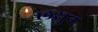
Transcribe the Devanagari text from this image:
लसुन